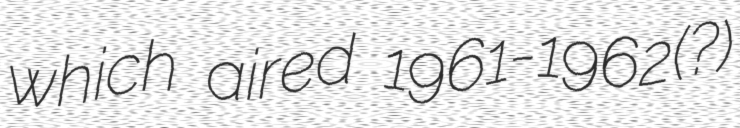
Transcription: which aired 1961-1962(?)